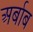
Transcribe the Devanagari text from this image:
अर्बाब